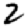
Digit: 2